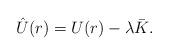
LaTeX: \begin{align*} \hat{U} (r) = U (r) - \lambda \bar{K} .\end{align*}